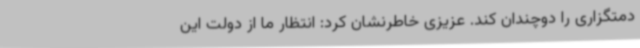
دمتگزاری را دوچندان کند. عزیزی خاطرنشان کرد: انتظار ما از دولت این